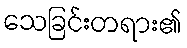
သေခြင်းတရား၏